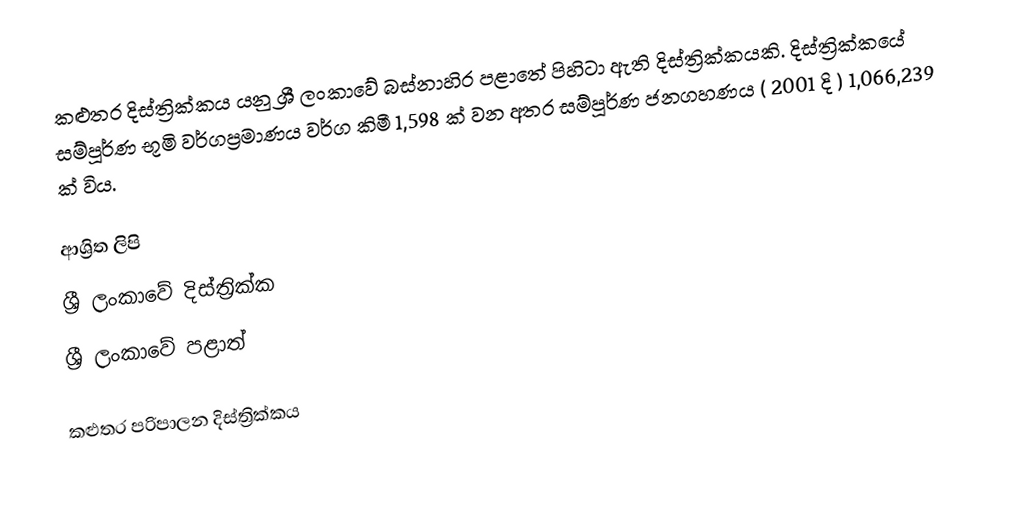
කළුතර දිස්ත්‍රික්කය යනු ශ්‍රී ලංකාවේ බස්නාහිර පළාතේ පිහිටා ඇති දිස්ත්‍රික්කයකි. දිස්ත්‍රික්කයේ සම්පූර්ණ භූමි වර්ගප්‍රමාණය වර්ග කිමී 1,598 ක් වන අතර සම්පූර්ණ ජනගහණය ( 2001 දි ) 1,066,239 ක් විය.

ආශ්‍රිත ලිපි
ශ්‍රී ලංකාවේ දිස්ත්‍රික්ක
ශ්‍රී ලංකාවේ පළාත්

කළුතර පරිපාලන දිස්ත්‍රික්කය